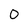
Character: O